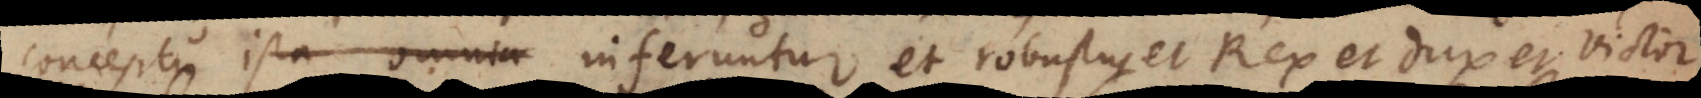
conceptu ista omnia inferuntur et robustus et Rex et dux et victor.